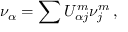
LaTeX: \nu _ { \alpha } = \sum U _ { \alpha j } ^ { m } \nu _ { j } ^ { m } \, ,